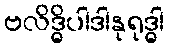
ဗလိဒ္ဓိပါဒါနုရုဒ္ဓါ